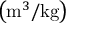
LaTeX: \left( { \mathrm { m } } ^ { 3 } / { \mathrm { k g } } \right)